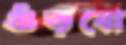
গুঁড়বো